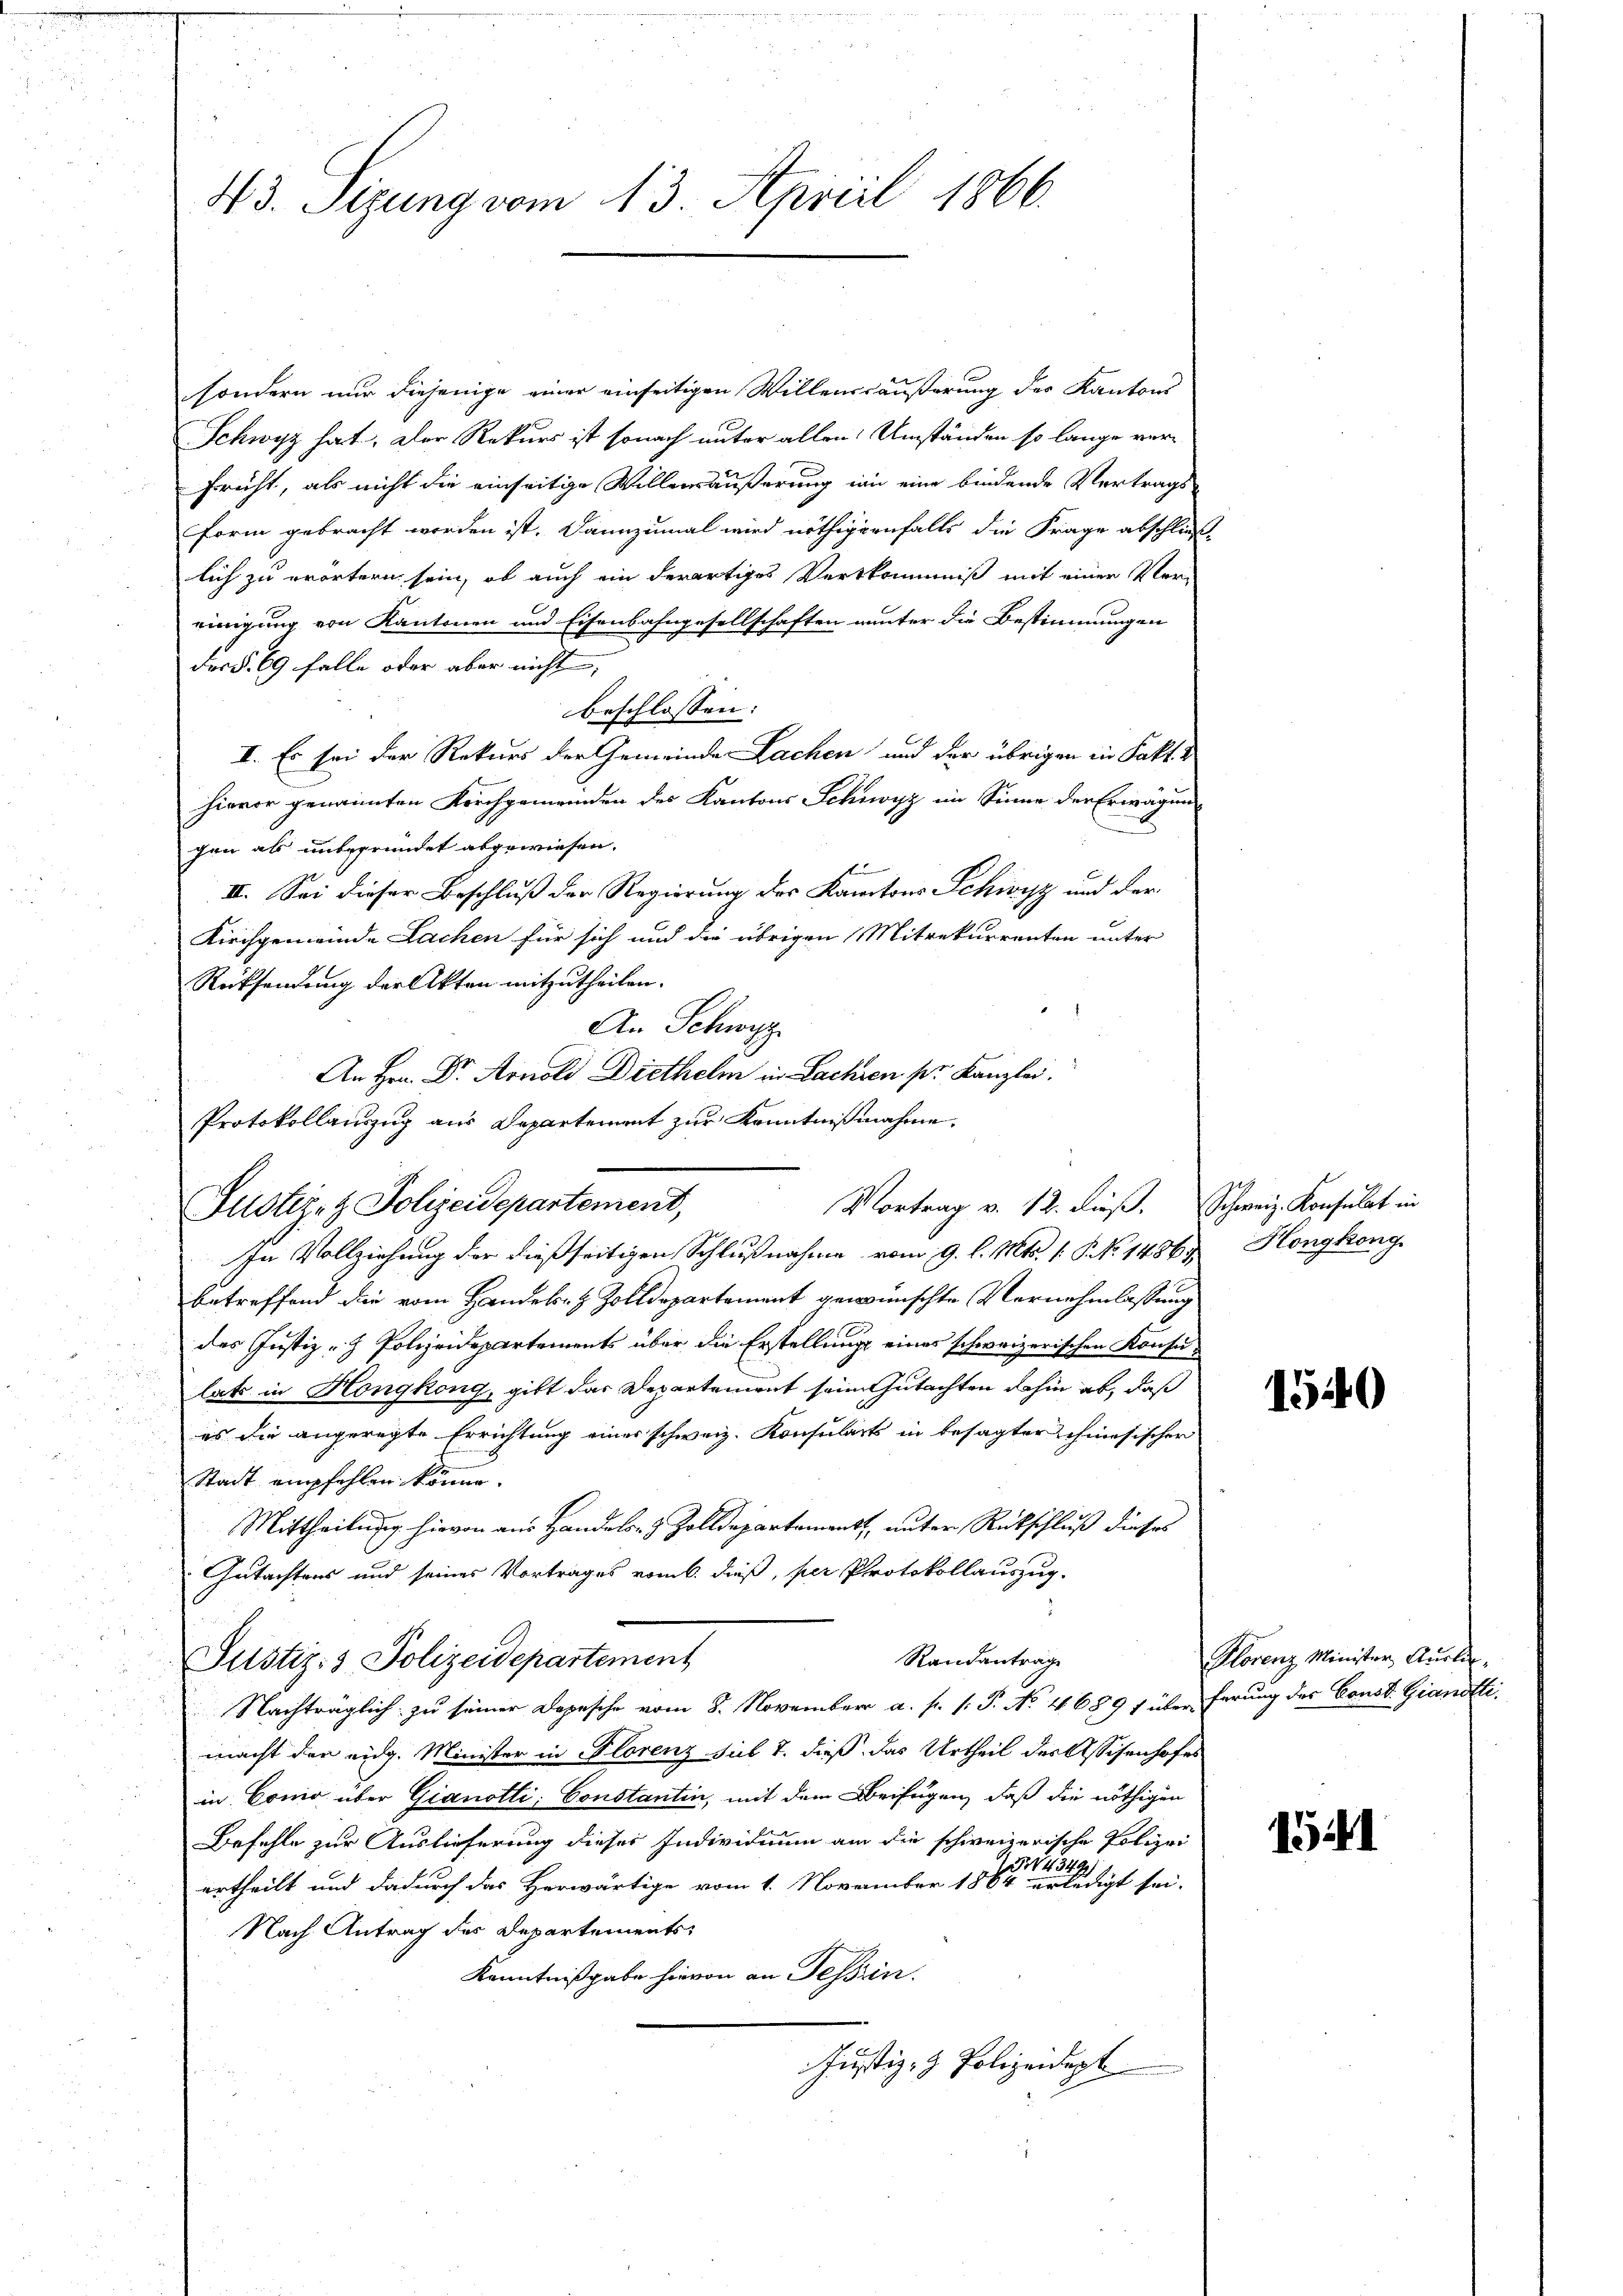
43. Sizung vom 13. April 1866.

sondern nur diejenige einer einseitigen Willensäußerung des Kantons
Schwyz hat. Der Rekurs ist sonach unter allen Umständen so lange ver¬
Früht, als nicht die einseitige Willensäußerung an eine bindende Vertrags-
Form gebracht worden ist. Dannzumal wird nöthigernfalls die Frage abschließ
lich zu erörtern sein, ob auch ein derartiges Verskommniß mit einer Ver-
einigung von Kantonen und Eisenbahngesellschaften unter die Bestimmungen
Fer §. 69 falle oder aber nicht,
beschlossen:
I. Es sei der Rekurs der Gemeinde Lachen und der übrigen in Fakt. 2
hievor genannten Kirchgemeinden des Kantons Schwyz im Sinne der Erwägun
gen als unbegründet abgewiesen.
II. Sei dieser Beschluß der Regierung des Kantons Schwyz und der
Kirchgemeinde Sachen für sich und die übrigen Mitrekurrenten unter
Rücksendung der Akten mitzutheilen.
An Schwyz
In Vollziehung der dießseitigen Schlußnahme vom 9. l. Mts. 1. P. Nr. 1486. Hongkong
betreffend die vom Handels- & Zolldepartement gewünschte Vernehmlassung
des Justiz - Polizeidepartements über die Erstellung eines schweizerischen Konsulats in Hongkong, gibt das Departement seine Gutachten dahin ab, daß
es die angeregte Errichtung eines schweiz. Konsularts in besagter schiesischer
Stadt empfehlen könne.
Mittheilung hievon aus Handels- & Zolldepartement, unter Rückschluß dieses
Gutachtens und seines Vortrages vom 6. dieß, per Protokollauszug.
Randantrage
Justiz- & Polizeidepartement
Nachträglich zu seiner Depesche vom 8. November a. p. 1. P. No. 4689 f über ferung des Const. Giandtti.
macht der eidg. Minister in Florenz sub 7. dieß das Urtheil der Assisenhofes
in Conio über Gianotli; Constantin, mit dem Beifügen, daß die nöthigen
Befehle zur Auslieferung dieser Individium am die schweizerische Polizei
4349)
urtheilt und dadurch das Herwärtige vom 1. November 1864 erledigt sei.
Nach Antrag des Departements
Kenntnißgabe hievon an Tessin.
Justiz- & Polizeidept

Justiz- & Polizeidepartement,

An Hrn. Dr. Arnold Diethelm in Lachien pr. Kanzlei.
Protokollauszug aus Departement zur Kenntnißnahme.
Vortrag v. 12. dieß. Schweiz. Konsulat in

1540

Hlorenz Minister Auslir¬

1541